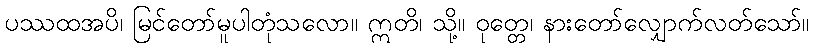
ပဿထအပိ၊ မြင်တော်မူပါတုံသလော။ ဣတိ၊ သို့။ ဝုတ္တေ၊ နားတော်လျှောက်လတ်သော်။